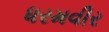
ધરમવીર